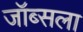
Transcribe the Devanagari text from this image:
जॉब्सला